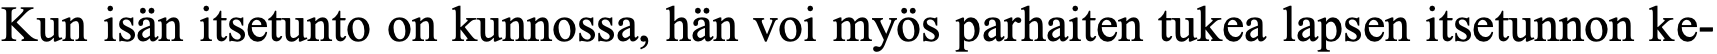
Kun isän itsetunto on kunnossa, hän voi myös parhaiten tukea lapsen itsetunnon ke-